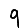
Digit: 9